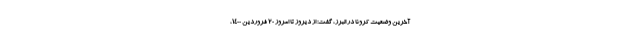
آخرین وضعیت کرونا در البرز، گفت: از دیروز تا امروز ۲۰ فروردین ۱۴۰۰،